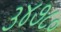
૩૪૭૮૦